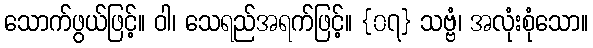
သောက်ဖွယ်ဖြင့်။ ဝါ၊ သေရည်အရက်ဖြင့်။ {၀၇} သဗ္ဗံ၊ အလုံးစုံသော။